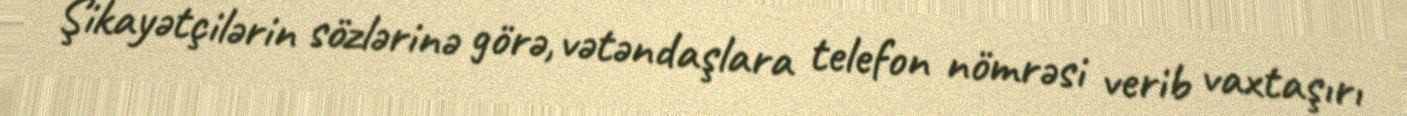
Şikayətçilərin sözlərinə görə, vətəndaşlara telefon nömrəsi verib vaxtaşırı